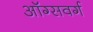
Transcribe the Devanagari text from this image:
ऑग्सवर्ग